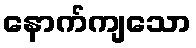
နောက်ကျသော